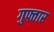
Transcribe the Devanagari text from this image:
गुफ्तार